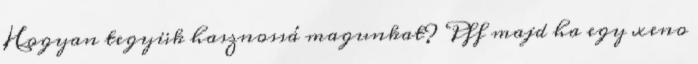
Hogyan tegyük hasznossá magunkat? Pff majd ha egy xeno